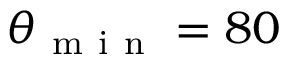
\theta _ { \mathrm { ~ m ~ i ~ n ~ } } = 8 0